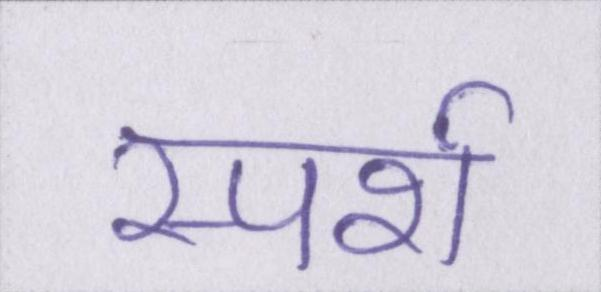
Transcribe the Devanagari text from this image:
स्पर्श